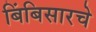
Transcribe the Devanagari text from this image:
बिंबिसारचे